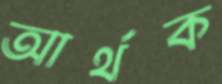
আর্থক